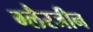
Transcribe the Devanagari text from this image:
ग्लैरजीन